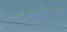
તકનીકોનો